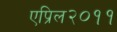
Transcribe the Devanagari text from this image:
एप्रिल२०११